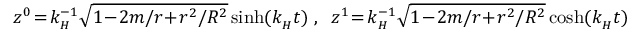
z ^ { 0 } \! = \! k _ { \mathrm { } _ { H } } ^ { - 1 } \sqrt { 1 \! - \! 2 m / r \! + \! r ^ { 2 } / R ^ { 2 } } \sinh ( k _ { \mathrm { } _ { H } } t ) \; , \; \; z ^ { 1 } \! = \! k _ { \mathrm { } _ { H } } ^ { - 1 } \sqrt { 1 \! - \! 2 m / r \! + \! r ^ { 2 } / R ^ { 2 } } \cosh ( k _ { \mathrm { } _ { H } } t )